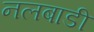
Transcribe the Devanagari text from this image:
नलबाडी